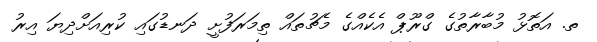
ތ. އަތޮޅު މުބާރާތުގެ ގްރޫޕް އެކެއްގެ މެޗުތައް ތިމަރަފުށީ ދަނޑުގައި ކުރިއަށްދިޔަ އިރު